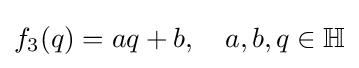
f_{3}(q)=aq+b,\quad a,b,q\in \mathbb {H}